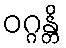
ဝဂ္ဂန္တိ